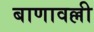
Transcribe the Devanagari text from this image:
बाणावल्ली